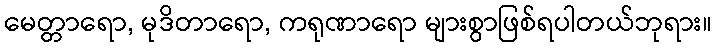
မေတ္တာရော, မုဒိတာရော, ကရုဏာရော များစွာဖြစ်ရပါတယ်ဘုရား။